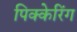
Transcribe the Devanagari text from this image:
पिक्केरिंग